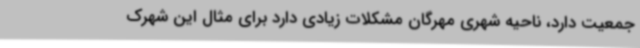
جمعیت دارد، ناحیه شهری مهرگان مشکلات زیادی دارد برای مثال این شهرک